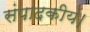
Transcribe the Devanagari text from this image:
संपादकीय।